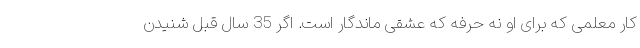
کار معلمی که برای او نه حرفه که عشقی ماندگار است. اگر 35 سال قبل شنیدن